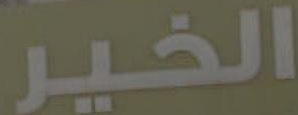
الخير